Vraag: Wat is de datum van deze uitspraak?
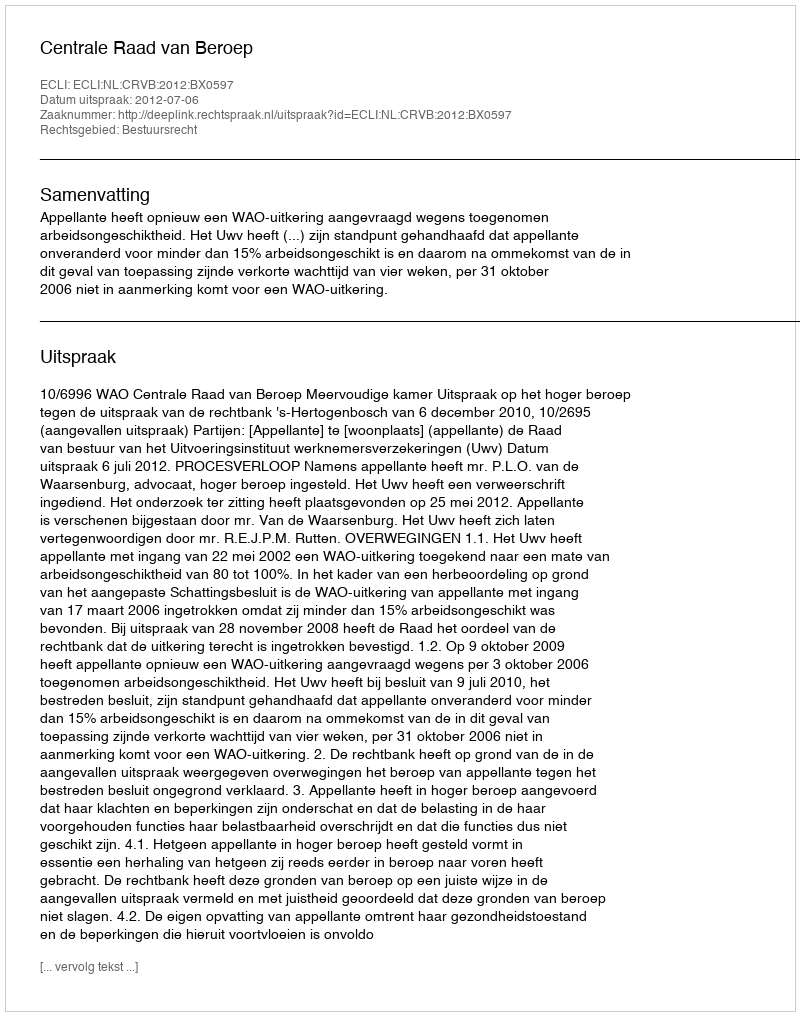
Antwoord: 2012-07-06